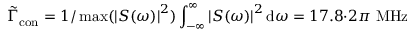
\Tilde { \Gamma } _ { \mathrm { c o n } } = 1 / \operatorname* { m a x } ( \left| S ( \omega ) \right| ^ { 2 } ) \int _ { - \infty } ^ { \infty } \left| S ( \omega ) \right| ^ { 2 } \mathrm { d } \omega = 1 7 . 8 { \cdot } 2 \pi \ \mathrm { M H z }